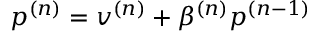
p ^ { ( n ) } = v ^ { ( n ) } + \beta ^ { ( n ) } p ^ { ( n - 1 ) }